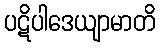
ပဋိပါဒေယျာမာတိ